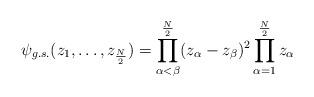
LaTeX: \begin{align*}\psi_{g.s.}(z_{1},\ldots ,z_{\frac{N}{2}})=\prod_{\alpha < \beta}^{\frac{N}{2}}(z_{\alpha}-z_{\beta})^{2}\prod_{\alpha=1}^{\frac{N}{2}}z_{\alpha}\end{align*}